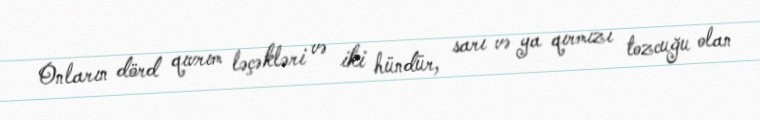
Onların dörd qıvrım ləçəkləri və iki hündür, sarı və ya qırmızı tozcuğu olan